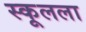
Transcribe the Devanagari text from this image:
स्कूलला